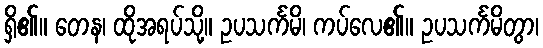
ရှိ၏။ တေန၊ ထိုအရပ်သို့။ ဥပသင်္ကမိ၊ ကပ်လေ၏။ ဥပသင်္ကမိတွာ၊